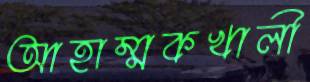
আহাম্মকখালী